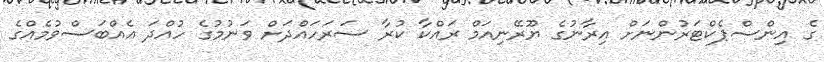
ގެ އިންސްޕެކްޓަރުންނަށް އިރާނުގެ ޔޫރޭނިއަމް ރައްކާ ކުރާ ސަރަހައްދަށް ވަނުމުގެ ހުއްދަ އެއްބަސްވުމެއްގެ